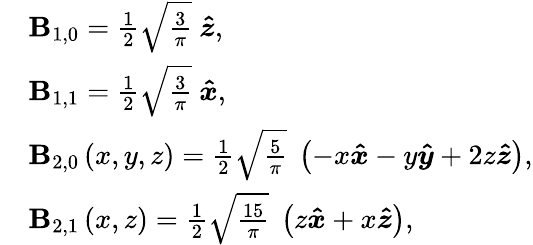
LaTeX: \begin{array}{rl}&{\mathbf{B}_{1,0}=\frac{1}{2}\sqrt{\frac{3}{\pi}}\ \boldsymbol{\hat{z}},}\\ &{\mathbf{B}_{1,1}=\frac{1}{2}\sqrt{\frac{3}{\pi}}\ \boldsymbol{\hat{x}},}\\ &{\mathbf{B}_{2,0}\left(x,y,z\right)=\frac{1}{2}\sqrt{\frac{5}{\pi}}\ \left(-x\boldsymbol{\hat{x}}-y\boldsymbol{\hat{y}}+2z\boldsymbol{\hat{z}}\right),}\\ &{\mathbf{B}_{2,1}\left(x,z\right)=\frac{1}{2}\sqrt{\frac{15}{\pi}}\ \left(z\boldsymbol{\hat{x}}+x\boldsymbol{\hat{z}}\right),}\end{array}